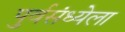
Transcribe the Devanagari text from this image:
पुर्वसंध्येला